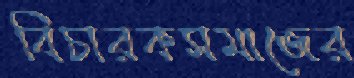
বিচারকসমাজের